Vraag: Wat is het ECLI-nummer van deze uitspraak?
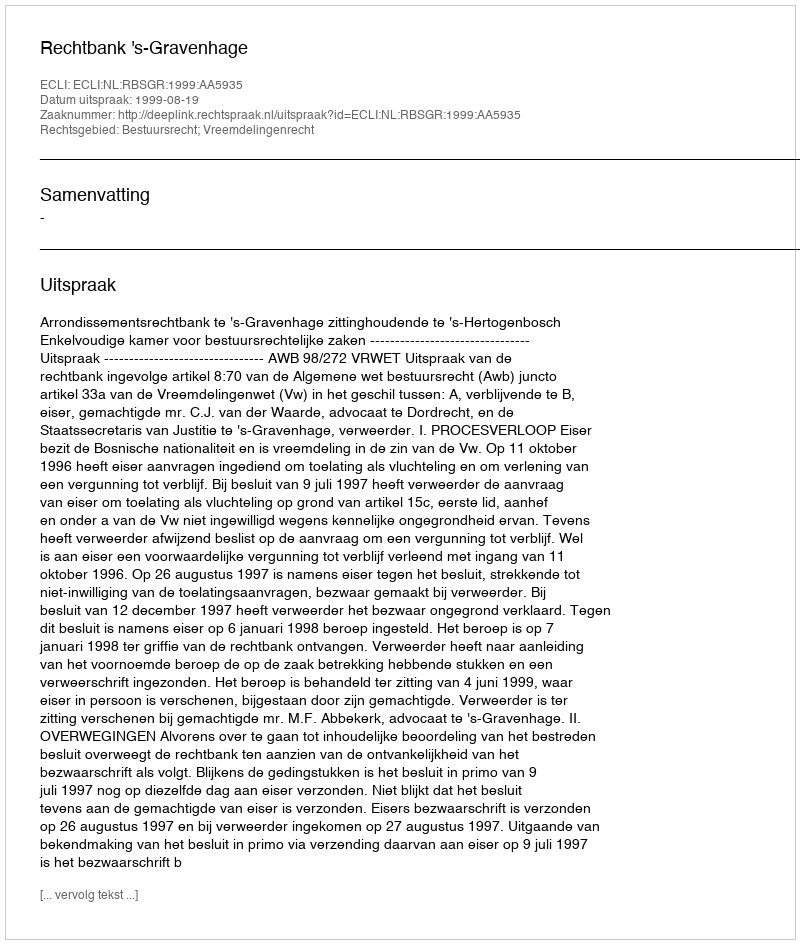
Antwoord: ECLI:NL:RBSGR:1999:AA5935